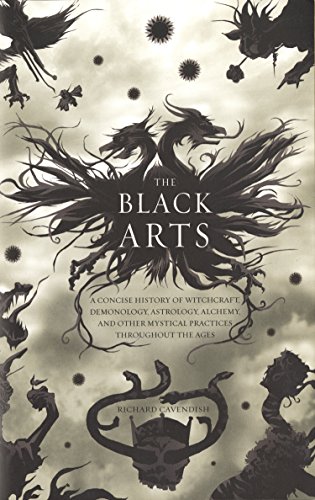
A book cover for The Black Arts: A Concise History of Witchcraft, Demonology, Astrology, and Other Mystical Practices Throughout the Ages (Perigee); Richard Cavendish; Religion & Spirituality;